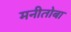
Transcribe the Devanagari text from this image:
मनीतोबा